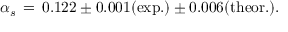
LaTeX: \alpha _ { s } \, = \, 0 . 1 2 2 \pm 0 . 0 0 1 ( \mathrm { e x p . } ) \pm 0 . 0 0 6 ( \mathrm { t h e o r . } ) .